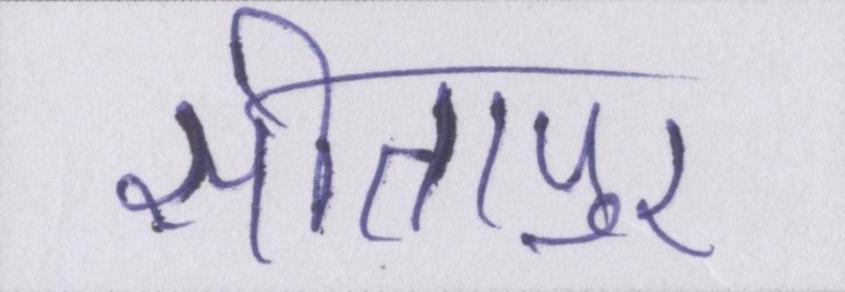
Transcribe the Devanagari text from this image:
सीतापुर